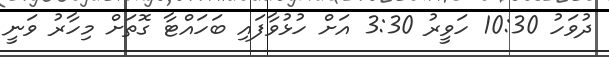
ދުވަހު 10:30 ހަވީރު 3:30 އަށް ހުޅުވާފައި ބަހައްޓާ ގޮތަށް މިހާރު ވަނީ